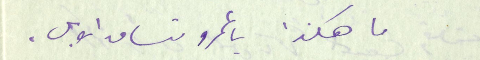
ما هكذا يا عمرو تساق الابل.